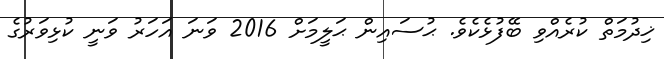
ޚިދުމަތް ކުރެއްވި ބޭފުޅެކެވެ. ޙުސައިން ޙަލީމަށް 2016 ވަނަ އަހަރު ވަނީ ކުޅިވަރުގެ